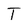
Character: T